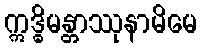
ဣဒ္ဓိမန္တာဿုနာမိမေ